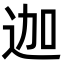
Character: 迦